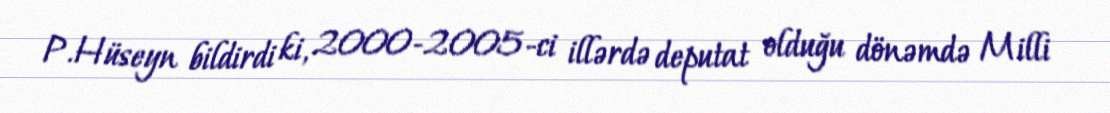
P.Hüseyn bildirdi ki, 2000-2005-ci illərdə deputat olduğu dönəmdə Milli